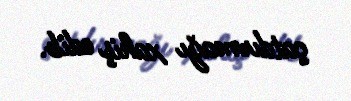
çatdırmağı xahiş edib.